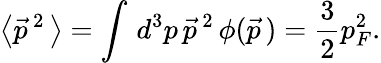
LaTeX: \left<\vec{p}^{\, 2}\, \right>=\int\, d^{3}p\, \vec{p}^{\, 2}\, \phi(\vec{p}\, )={\frac{3}{2}}p_{F}^{2}.